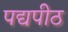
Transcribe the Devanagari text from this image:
पद्यपीठ